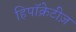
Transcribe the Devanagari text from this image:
हिपॉक्रेटीज़